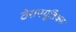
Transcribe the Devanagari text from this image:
ठेरापयूतिक्स